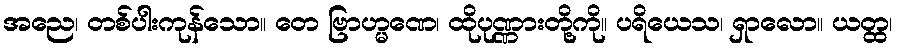
အညေ၊ တစ်ပါးကုန်သော။ တေ ဗြာဟ္မဏေ၊ ထိုပုဏ္ဏားတို့ကို။ ပရိယေသ၊ ရှာလော။ ယတ္ထ၊